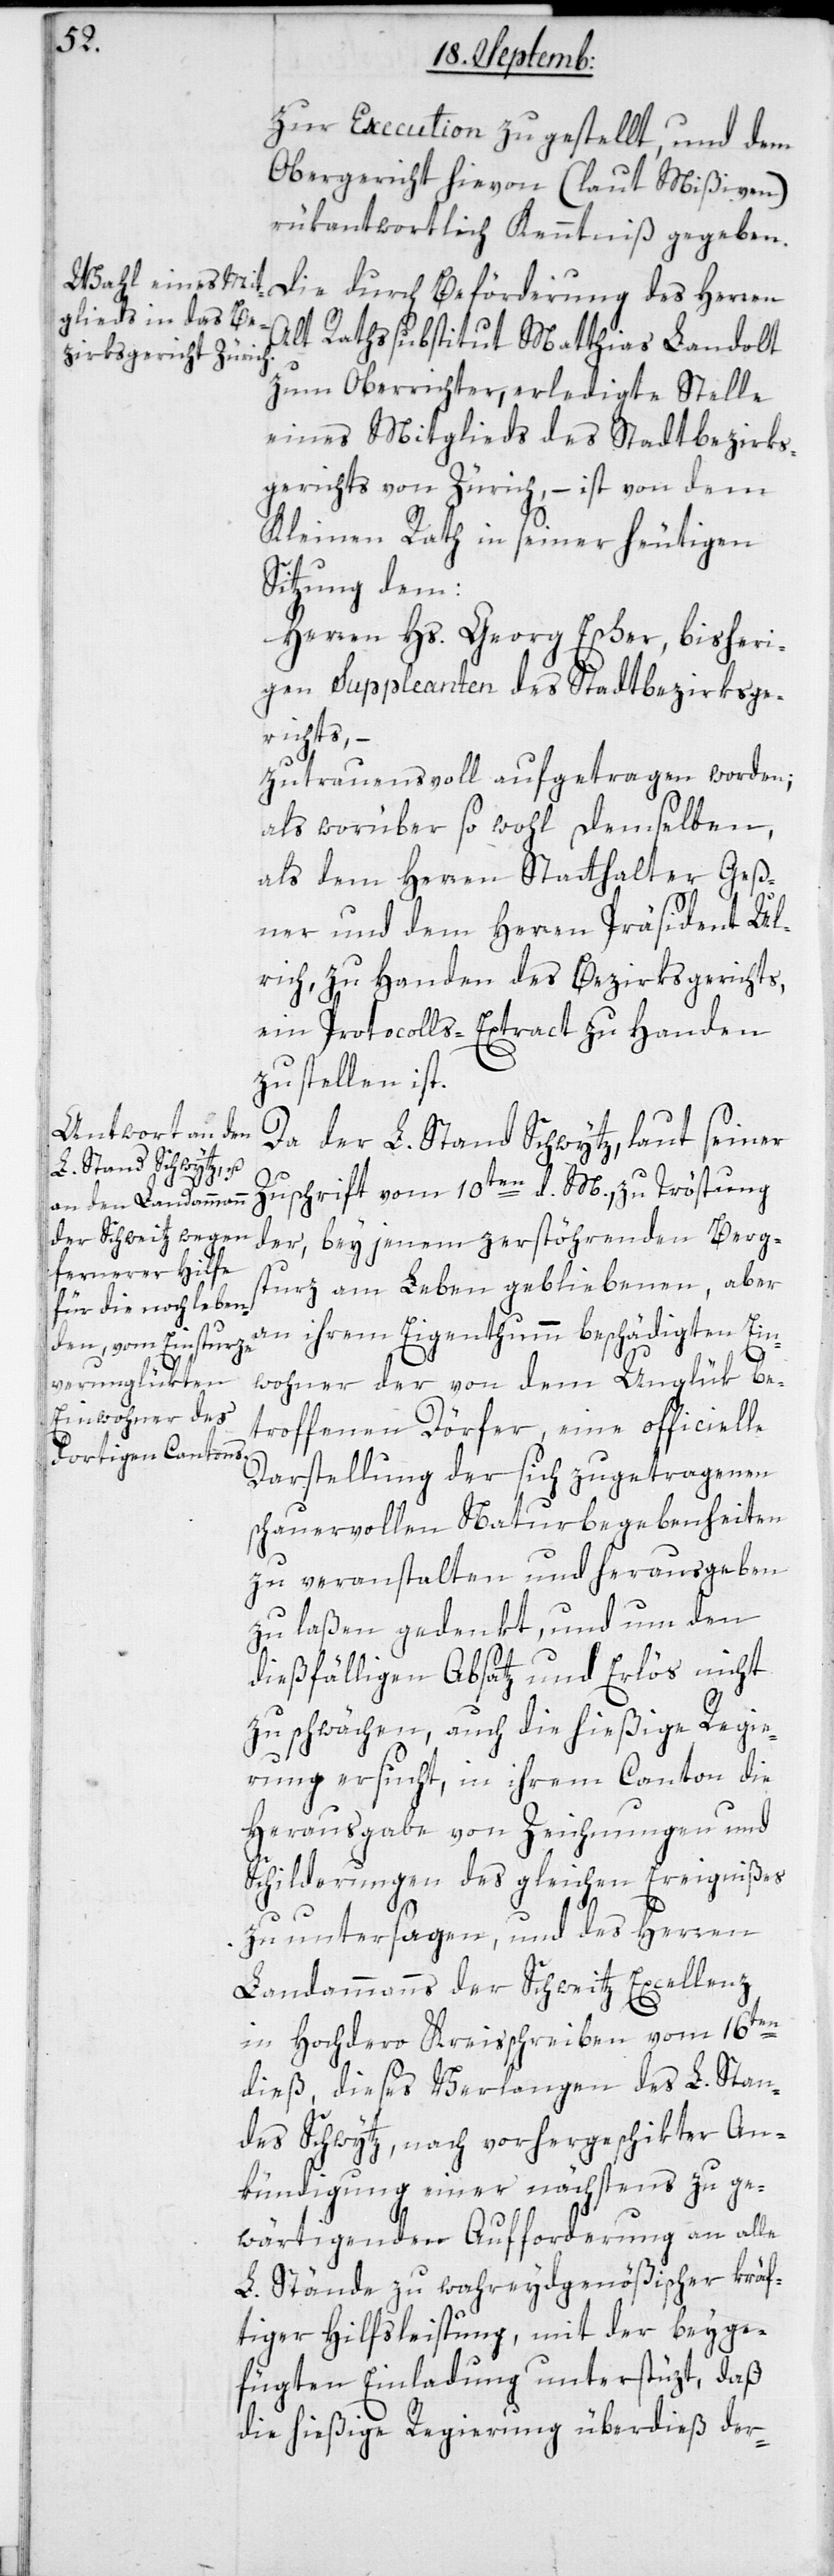
zur Execution zugestellt und dem
Obergericht hievon (laut Mißiven)
rükantwortlich Kenntniß gegeben.
Die durch Beförderung des Herren
Alt Rathssubstitut Matthias Landolt
zum Oberrichter erledigte Stelle
eines Mitglieds des Stadtbezirks¬
gerichts von Zürich, – ist von dem
Kleinen Rath in seiner heutigen
Sitzung dem
Herren Hs. Georg Escher, bisheri¬
gen Suppleanten des Stadt-Bezirksge¬
richts, –
zutrauensvoll aufgetragen worden;
als worüber sowohl demsdelben,
als dem Herren Statthalter Geß¬
ner und dem Herren Präsident Ul¬
rich, zu Handen des Bezirksgerichts,
ein Protocolls-Extract zu Handen
zu stellen ist.
Da der L. Stand Schwytz, laut seiner
Zuschrift vom 10ten d. M. zu Tröstung
der, bey jenem zerstörenden Berg¬
sturz am Leben gebliebenen, aber
an ihrem Eigenthumm beschädigten Ein¬
wohner der von dem Unglük be¬
troffenen Dörfer, eine officielle
Darstellung der sich zugetragenen
schauervollen Naturbegebenheiten
zu veranstalten und herausgeben
zu laßen gedenkt, und um den
dießfälligen Absatz und Erlös nicht
zu schwächen, auch die hießige Regie¬
rung ersucht, in ihrem Canton die
Herausgabe von Zeichnungen und
Schilderungen des gleichen Ereignißes
zu untersagen, und des Herren
Landammanns der Schweitz Excellenz
in Hochdero Kreisschreiben vom 16ten
dieß, dieses Verlangen des L. Stan¬
des Schwytz, nach vorhergeschikter An¬
kündigung einer nächstens zu ge¬
wärtigenden Aufforderung an alle
L. Stände zu wahreydgenößischer kräf¬
tiger Hilfsleistung, mit der beyge¬
fügten Einladung unterstüzt, daß
die hießige Regierung überdieß der-